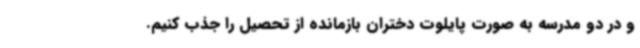
و در دو مدرسه به صورت پایلوت دختران بازمانده از تحصیل را جذب کنیم.